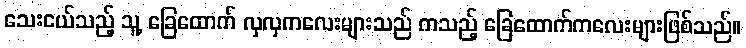
သေးငယ်သည့် သူ့ ခြေထောက် လှလှကလေးများသည် ကသည့် ခြေထောက်ကလေးများဖြစ်သည်။